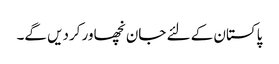
پاکستان کے لئے جان نچھاور کردیں گے۔